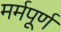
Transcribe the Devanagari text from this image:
मर्मपूर्ण